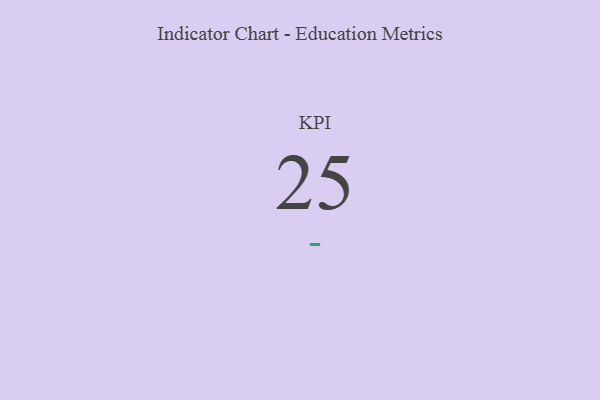
{"axis": {"x": "KPI", "y": "Value"}, "legend": [""], "data": [{"x": "KPI", "y": 25, "type": ""}]}